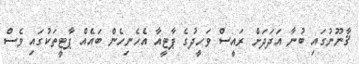
ޤާނޫނުގައި ބުނާ އަދަދަށް ރައީސް ވަހީދުގެ ޕާޓީއާ އެހެނިހެން ބައެއް ޕާޓީތަކުގައި ވެސް